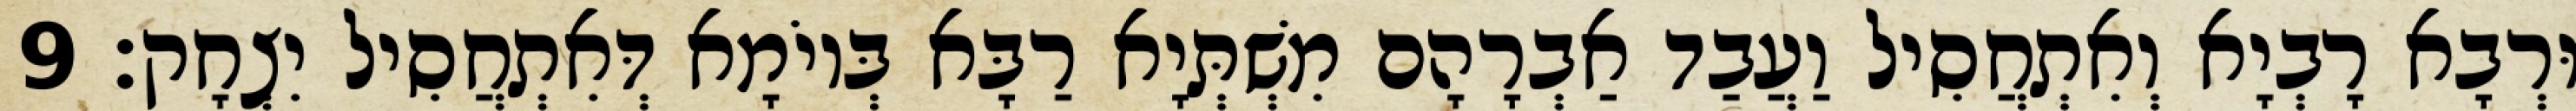
וּרְבָא רָבְיָא וְאִתְחֲסִיל וַעֲבַד אַבְרָהָם מִשְׁתְּיָא רַבָּא בְּיוֹמָא דְּאִתְחֲסִיל יִצְחָק׃ 9